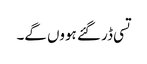
تسی ڈر گئے ہووں گے۔